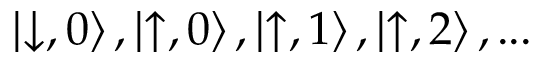
\left| \downarrow , 0 \right\rangle , \left| \uparrow , 0 \right\rangle , \left| \uparrow , 1 \right\rangle , \left| \uparrow , 2 \right\rangle , . . .